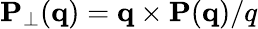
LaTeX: {\mathbf P}_{\perp}({\mathbf q})={\mathbf q}\times{\mathbf P}(\mathbf q)/q